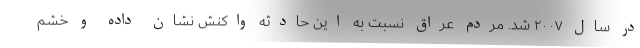
در سال ۲۰۰۷ شد. مردم عراق نسبت به این حادثه واکنش نشان داده و خشم